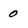
Character: 0